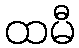
ထမီ